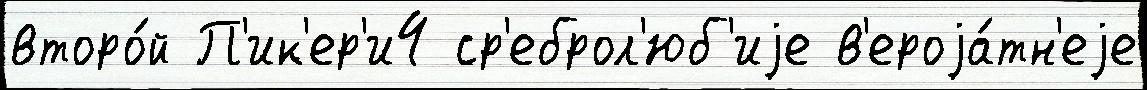
второ́й П'ик'ер'и4 ср'еброл'юб'иjе в'ероjа́тн'еjе